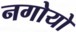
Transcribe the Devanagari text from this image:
नगोयो